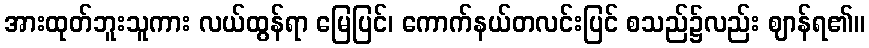
အားထုတ်ဘူးသူကား လယ်ထွန်ရာ မြေပြင်၊ ကောက်နယ်တလင်းပြင် စသည်၌လည်း ဈာန်ရ၏။